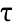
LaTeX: \uptau